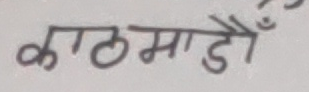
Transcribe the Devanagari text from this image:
काठमाडौं